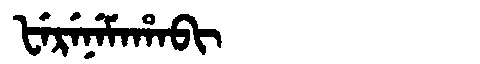
Manchu: ᡶᡝᡵᡝᠨᡝᠮᠠᡥᠠᠪᡳ
Romanization: FERENEMAHABI